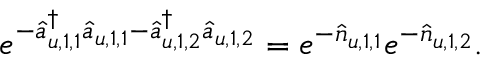
e ^ { - \hat { a } _ { u , 1 , 1 } ^ { \dagger } \hat { a } _ { u , 1 , 1 } - \hat { a } _ { u , 1 , 2 } ^ { \dagger } \hat { a } _ { u , 1 , 2 } } = e ^ { - \hat { n } _ { u , 1 , 1 } } e ^ { - \hat { n } _ { u , 1 , 2 } } .